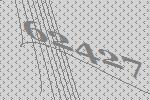
62427